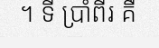
។ ទី ប្រាំពីរ គឺ